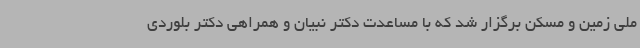
ملی زمین و مسکن برگزار شد که با مساعدت دکتر نبیان و همراهی دکتر بلوردی